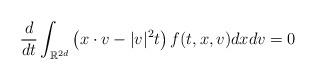
LaTeX: \begin{align*}\frac{d}{dt}\int_{\mathbb{R}^{2d}} \left( x\cdot v - |v|^2 t\right)f (t,x,v) dx dv = 0\end{align*}